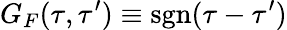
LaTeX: G_{F}(\tau,\tau^{\prime})\equiv\mathrm{sgn}(\tau-\tau^{\prime})